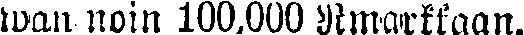
wan noin 100,000 Rmarkkaan.